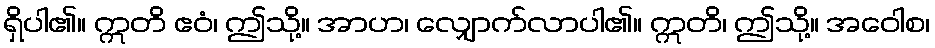
ရှိပါ၏။ ဣတိ ဧဝံ၊ ဤသို့။ အာဟ၊ လျှောက်လာပါ၏။ ဣတိ၊ ဤသို့။ အဝေါစ၊